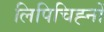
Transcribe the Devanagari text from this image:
लिपिचिह्नों